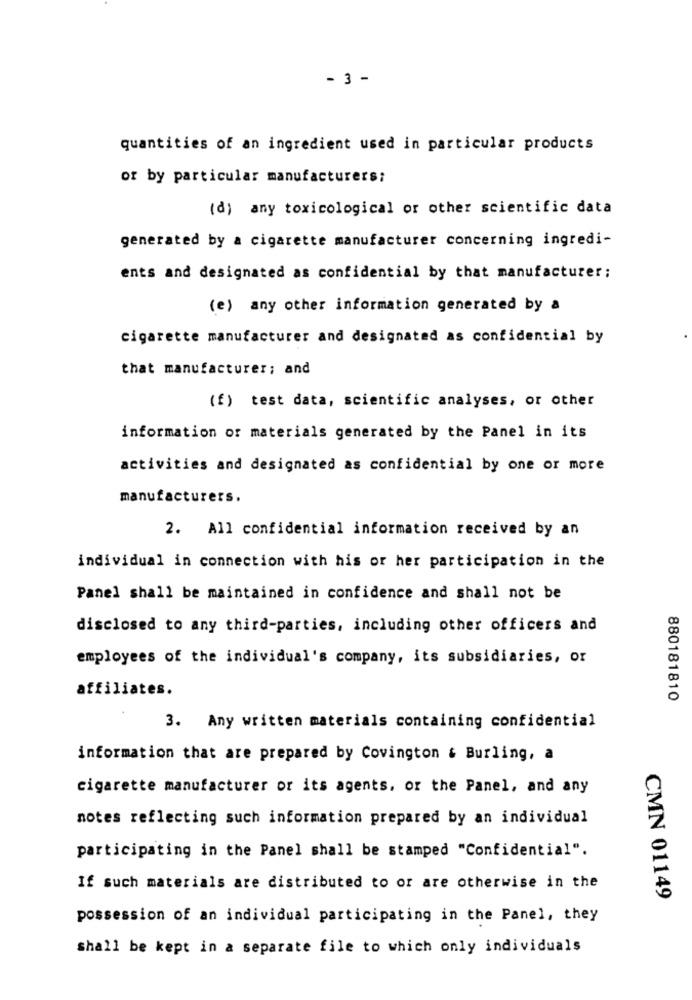
- 3 -
quantities of an ingredient used in particular products
or by particular manufacturers:
(d) any toxicological or other scientific data
generated by a cigarette manufacturer concerning ingredi-
ents and designated as confidential by that manufacturer;
(e) any other information generated by a
cigarette manufacturer and designated as confidential by
that manufacturer; and
(f) test data, scientific analyses, or other
information of materials generated by the Panel in its
activities and designated as confidential by one or more
manufacturers.
2. All confidential information received by an
individual in connection with his or her participation in the
Panel shall be maintained in confidence and shall not be
disclosed to any third-parties, including other officers and
employees of the individual's company, its subsidiaries, or
affiliates.
880181810
3. Any written materials containing confidential
information that are prepared by Covington & Burling, a
cigarette manufacturer or its agents, or the Panel, and any
notes reflecting such information prepared by an individual
participating in the Panel shall be stamped "Confidential".
If such materials are distributed to or are otherwise in the
CMN 01149
possession of an individual participating in the Panel, they
shall be kept in a separate file to which only individuals